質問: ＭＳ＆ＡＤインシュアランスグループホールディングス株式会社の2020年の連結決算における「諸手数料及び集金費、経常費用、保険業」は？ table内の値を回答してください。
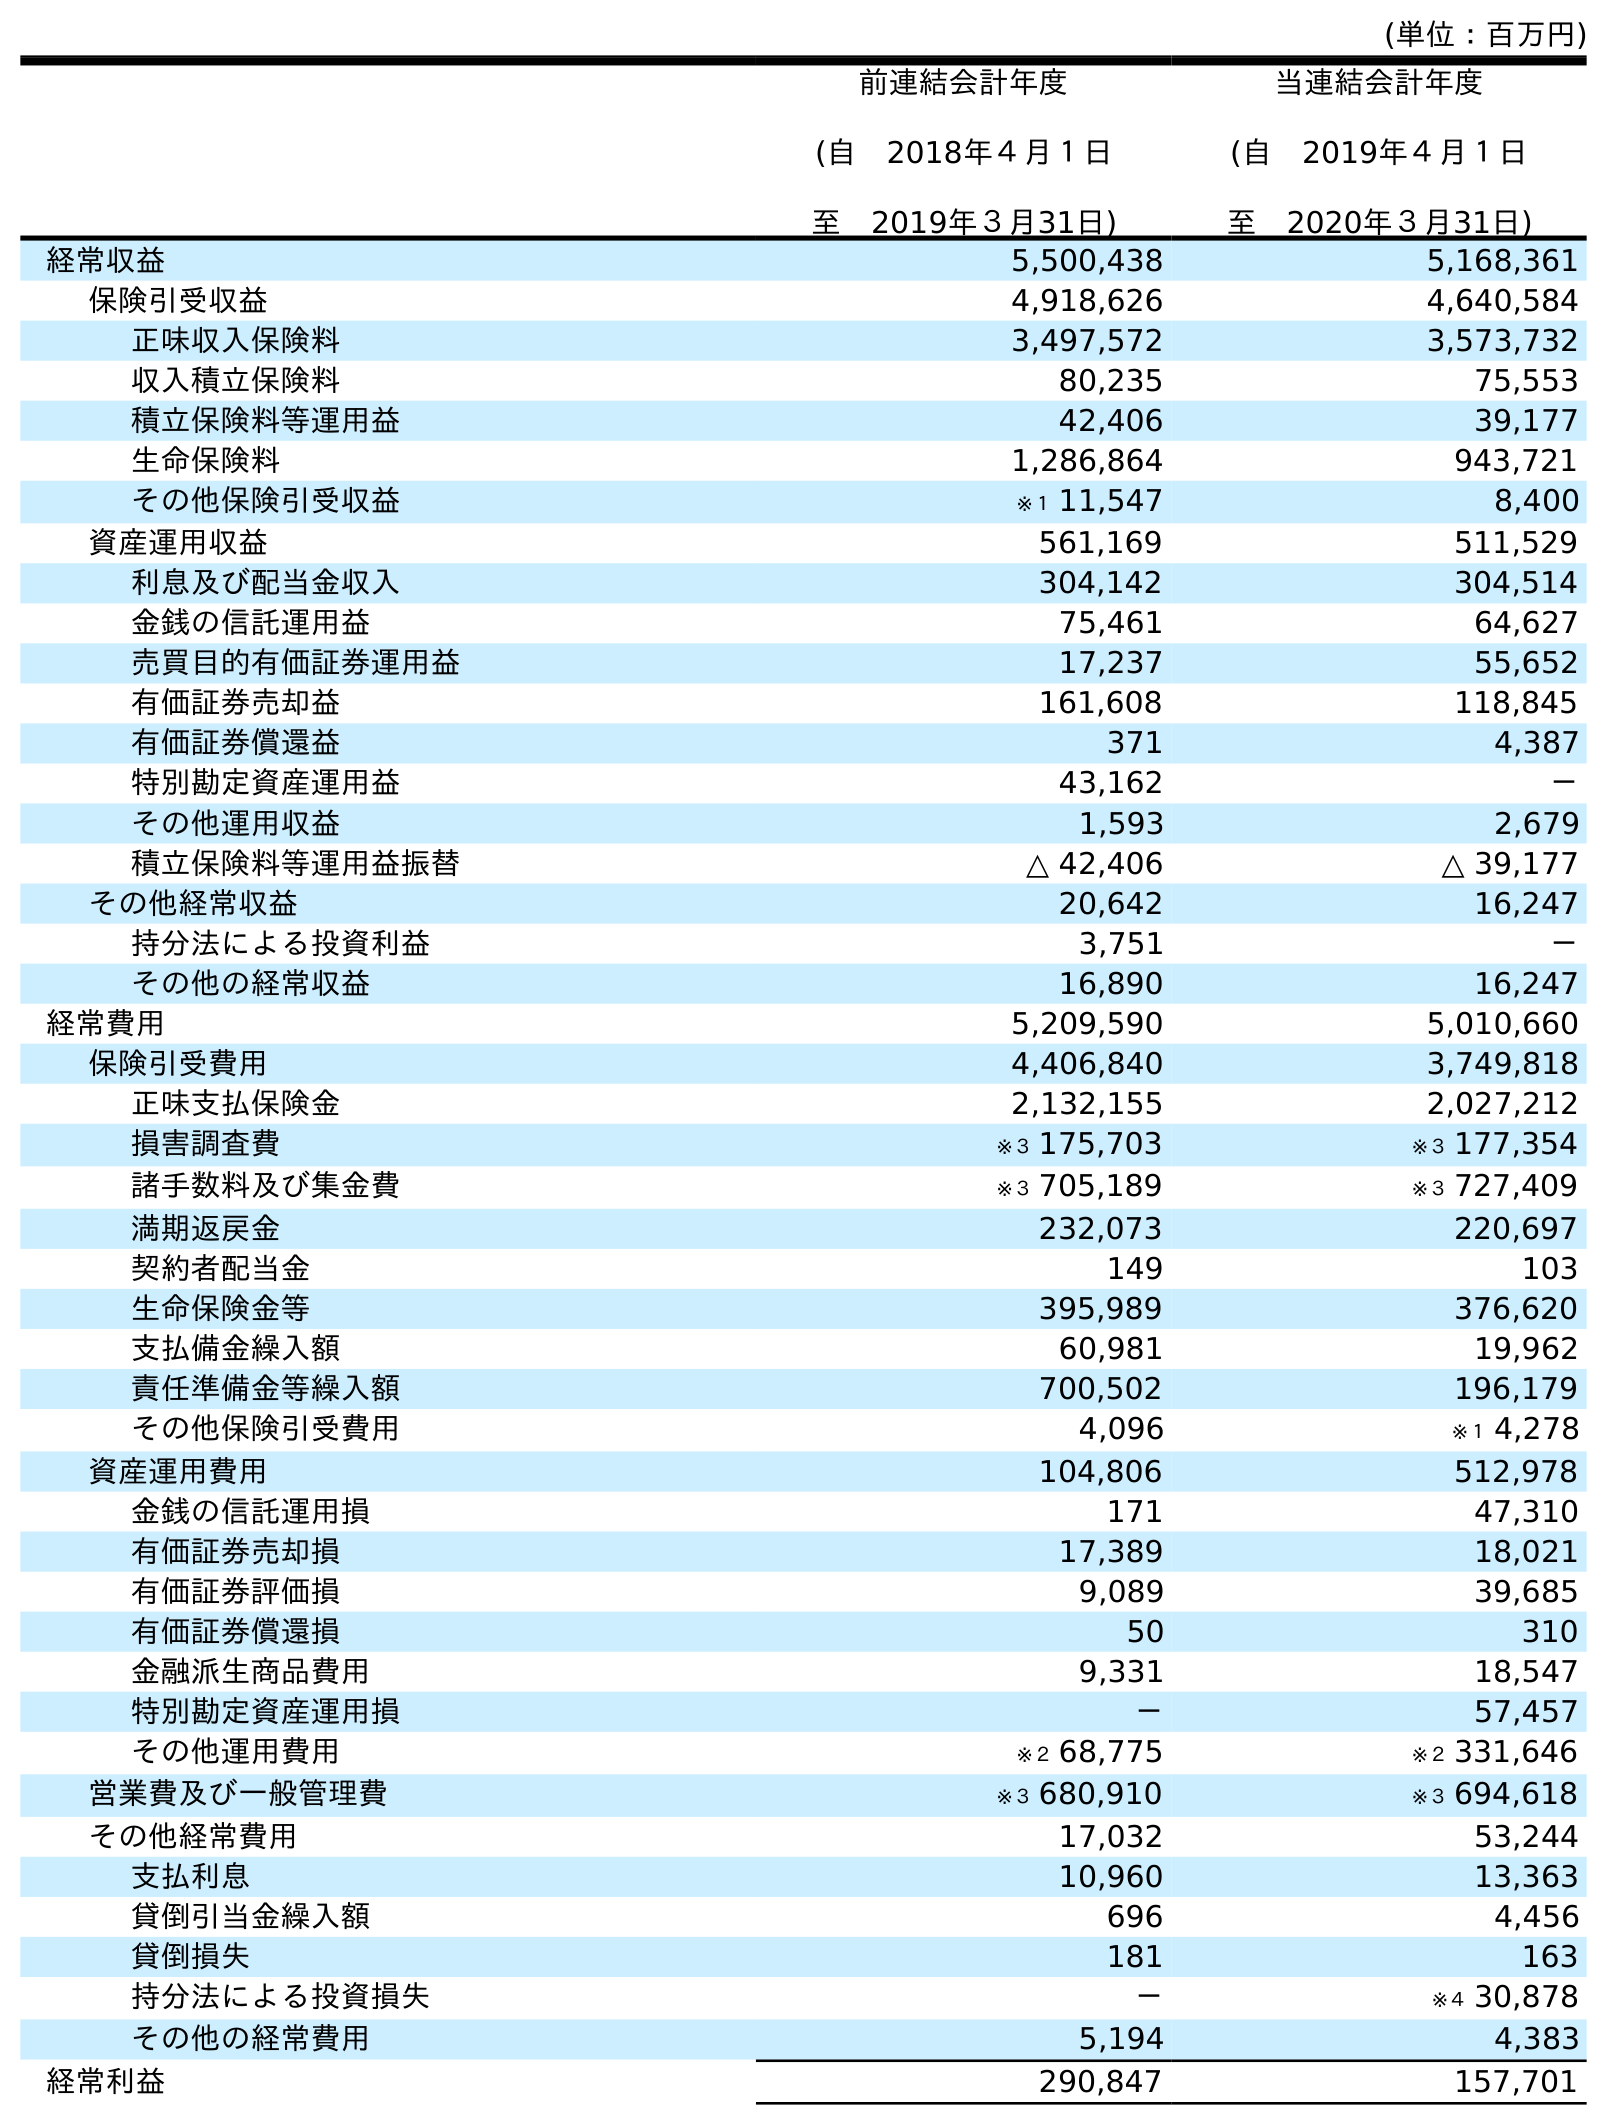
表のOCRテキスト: (単位：百万円) 前連結会計年度 (自 2018年４月１日 至 2019年３月31日) 当連結会計年度 (自 2019年４月１日 至 2020年３月31日) 経常収益 5,500,438 5,168,361 保険引受収益 4,918,626 4,640,584 正味収入保険料 3,497,572 3,573,732 収入積立保険料 80,235 75,553 積立保険料等運用益 42,406 39,177 生命保険料 1,286,864 943,721 その他保険引受収益 ※１ 11,547 8,400 資産運用収益 561,169 511,529 利息及び配当金収入 304,142 304,514 金銭の信託運用益 75,461 64,627 売買目的有価証券運用益 17,237 55,652 有価証券売却益 161,608 118,845 有価証券償還益 371 4,387 特別勘定資産運用益 43,162 － その他運用収益 1,593 2,679 積立保険料等運用益振替 △ 42,406 △ 39,177 その他経常収益 20,642 16,247 持分法による投資利益 3,751 － その他の経常収益 16,890 16,247 経常費用 5,209,590 5,010,660 保険引受費用 4,406,840 3,749,818 正味支払保険金 2,132,155 2,027,212 損害調査費 ※３ 175,703 ※３ 177,354 諸手数料及び集金費 ※３ 705,189 ※３ 727,409 満期返戻金 232,073 220,697 契約者配当金 149 103 生命保険金等 395,989 376,620 支払備金繰入額 60,981 19,962 責任準備金等繰入額 700,502 196,179 その他保険引受費用 4,096 ※１ 4,278 資産運用費用 104,806 512,978 金銭の信託運用損 171 47,310 有価証券売却損 17,389 18,021 有価証券評価損 9,089 39,685 有価証券償還損 50 310 金融派生商品費用 9,331 18,547 特別勘定資産運用損 － 57,457 その他運用費用 ※２ 68,775 ※２ 331,646 営業費及び一般管理費 ※３ 680,910 ※３ 694,618 その他経常費用 17,032 53,244 支払利息 10,960 13,363 貸倒引当金繰入額 696 4,456 貸倒損失 181 163 持分法による投資損失 － ※４ 30,878 その他の経常費用 5,194 4,383 経常利益 290,847 157,701
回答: ※３727,409